Trukikaitis_Postimees, lk 56
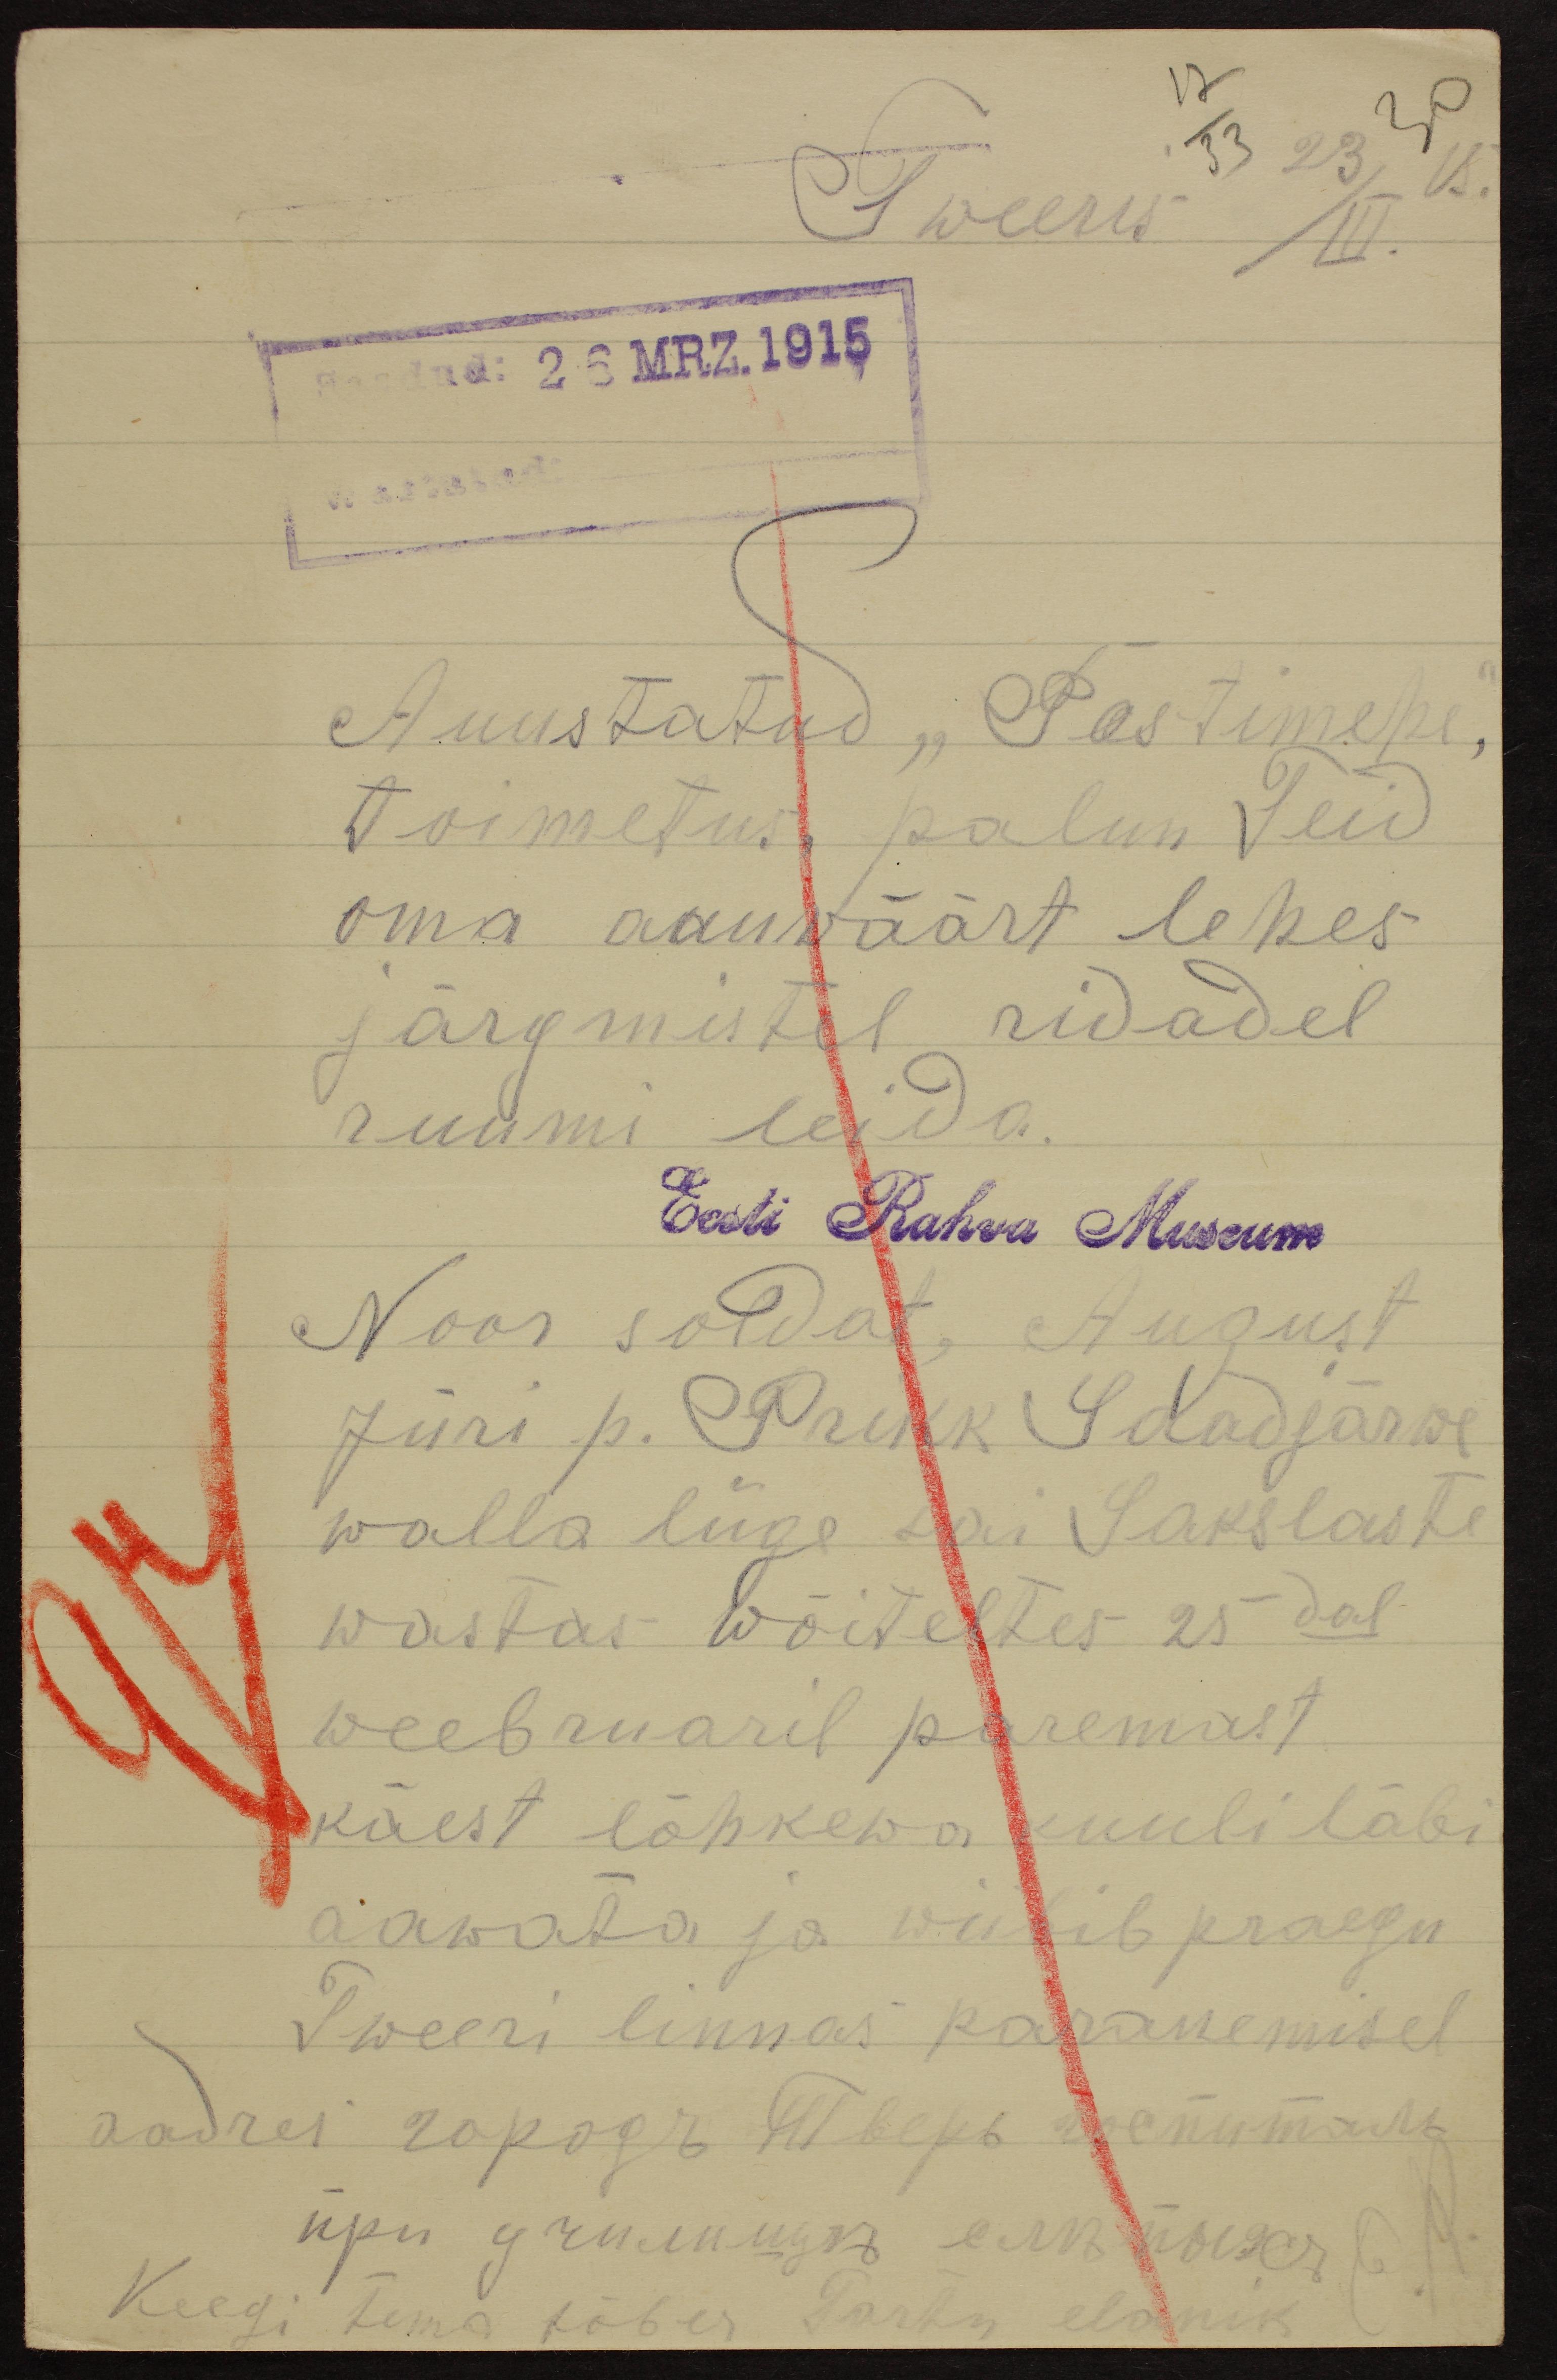
17
30
33
23
15.
Tweeris
III.
Saadud: 26 MRZ. 1915
Wastatud:
Auustatud "Postimehe",
toimetus, palun Teid
oma auuwäärt lehes
järgmistel ridadel
ruumi leida.
Eesti Rahva Museum
Noor soldat, August
Jüri p. Prikk Saadjärwe
walla liige sai Sakslaste
wastas wõiteltes 25dal
weebruaril paremast
käest lõhkewa kuuli läbi
aawata ja wiibib praegu
Tweeri linnas paranemisel
Keegi tema sõber Tartu elanik